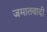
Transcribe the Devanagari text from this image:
जमातवादी